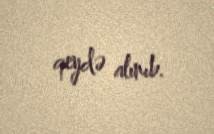
qeydə alınıb.